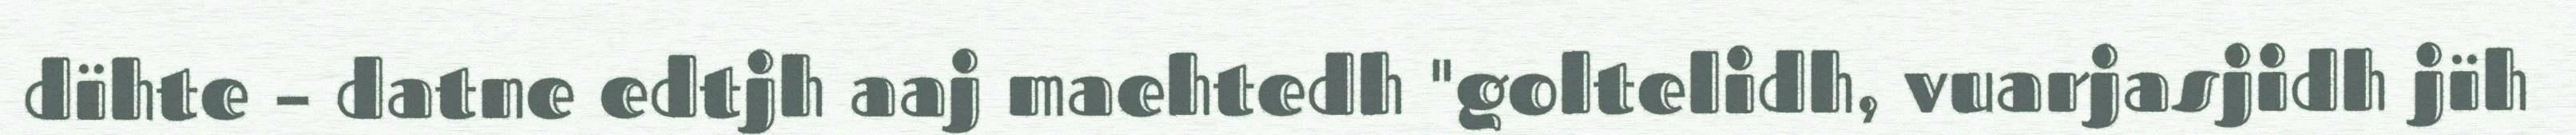
dïhte – datne edtjh aaj maehtedh "goltelidh, vuarjasjidh jïh